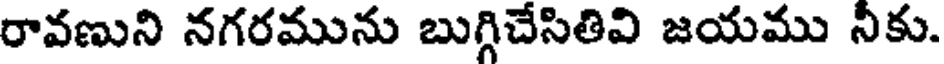
రావణుని నగరమును బుగ్గిచేసితివి జయము నీకు.